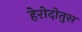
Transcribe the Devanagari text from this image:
हेरोदोतुस